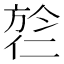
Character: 𬿎